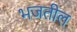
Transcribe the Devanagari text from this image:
भजतील